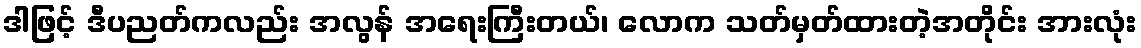
ဒါဖြင့် ဒီပညတ်ကလည်း အလွန် အရေးကြီးတယ်၊ လောက သတ်မှတ်ထားတဲ့အတိုင်း အားလုံး